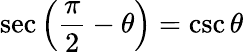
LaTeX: \sec\left({\frac{\pi}{2}}-\theta\right)=\csc\theta